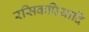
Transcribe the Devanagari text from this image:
रसिकप्रियादि